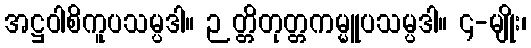
အဋ္ဌဝါစိကူပသမ္ပဒါ။ ဉတ္တိတုတ္တကမ္မူပသမ္ပဒါ။ ၄-မျိုး၊